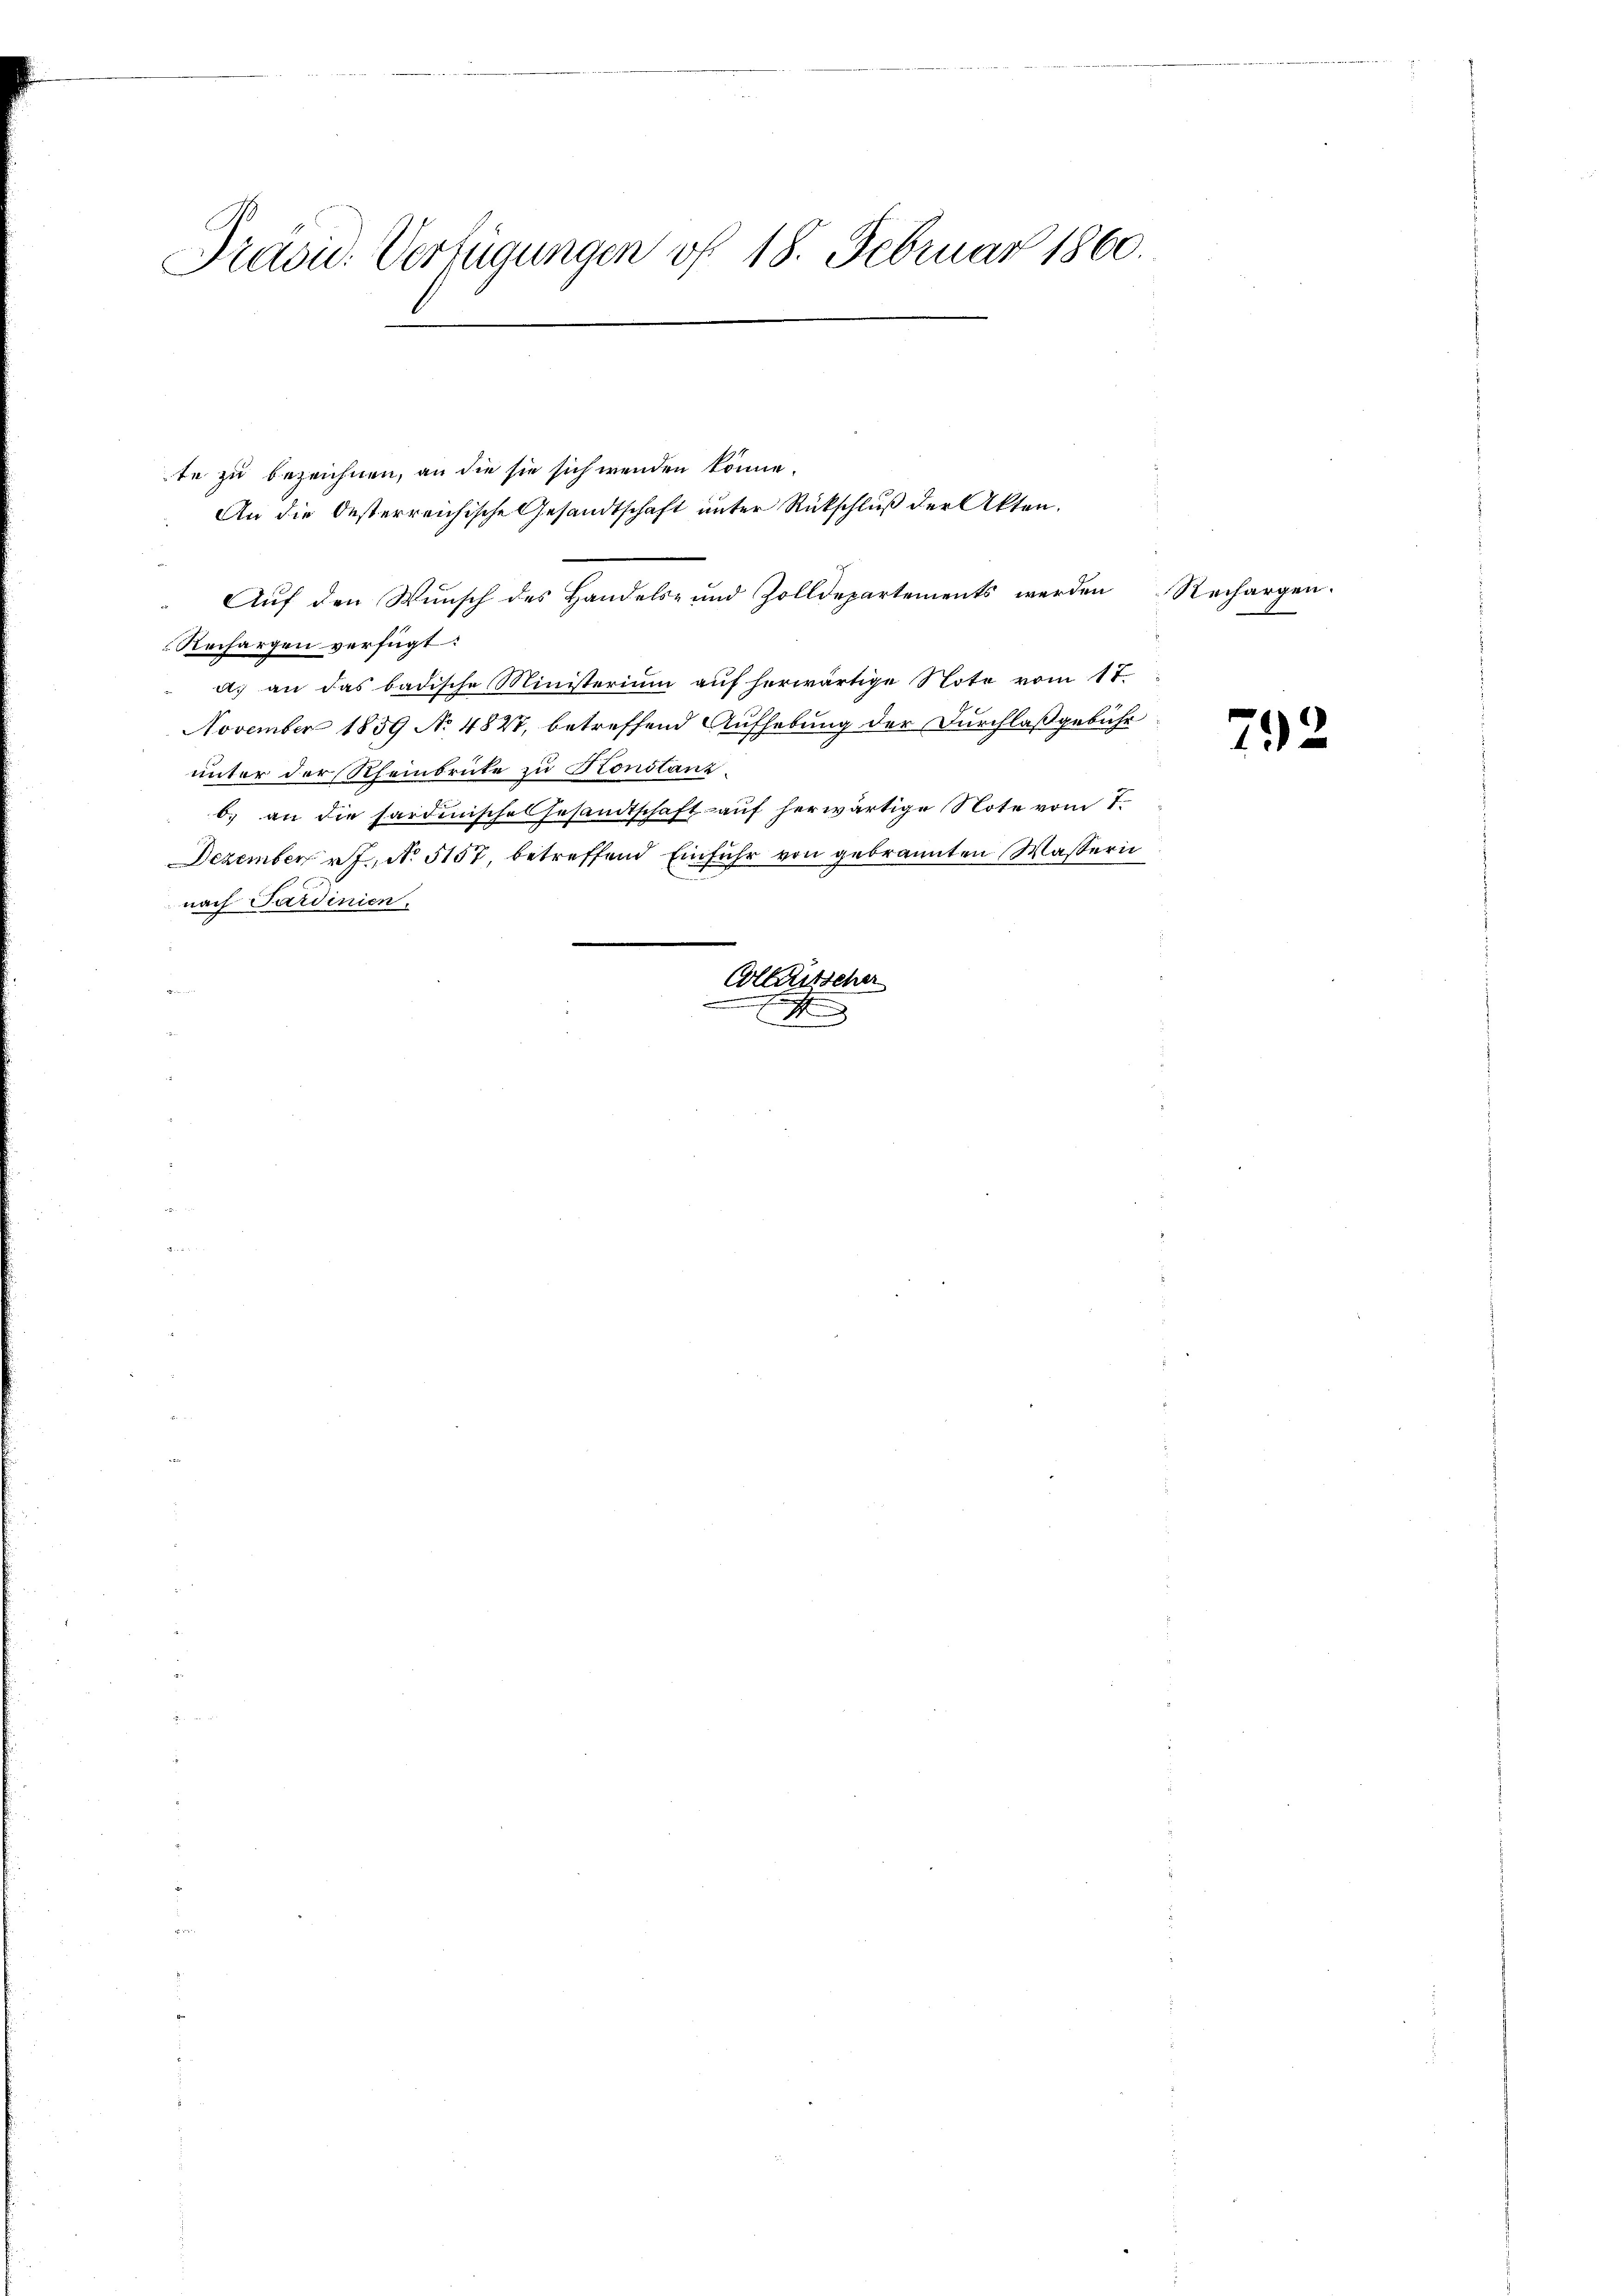
Präsid. Verfügungen vf 18. Februar 1860.

te zu bezeichnen, an die sie sich wenden könne.
An die Oesterreichische Gesandtschaft unter Rückschluß der Akten.
Auf den Wunsch des Handels- und Zolldepartements werden
Rechargen verfügt:
a) an das badische Ministerium auf herwärtige Note vom 17.
November 1859 No 4827, betreffend Aufhebung der Durchlaßgebühr
unter der Rheinbrüte zu Konstanz
b. an die sardenische Gesandtschaft auf herwärtige Note vom 7.
Dezember 27 No 5157, betreffend Einfuhr von gebrannten Wassern
nach Sardinien,
Collentscher
1
x

Rechargen.

792